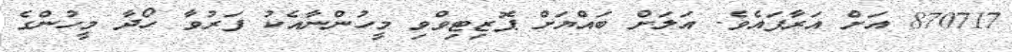
870717 އަށް އަރާފައެވެ. އަލަށް ބައްޔަށް ޕޮޒިޓިވްވި މީހުންނާއެކު ފަރުވާ ހޯދާ މީހުންގެ